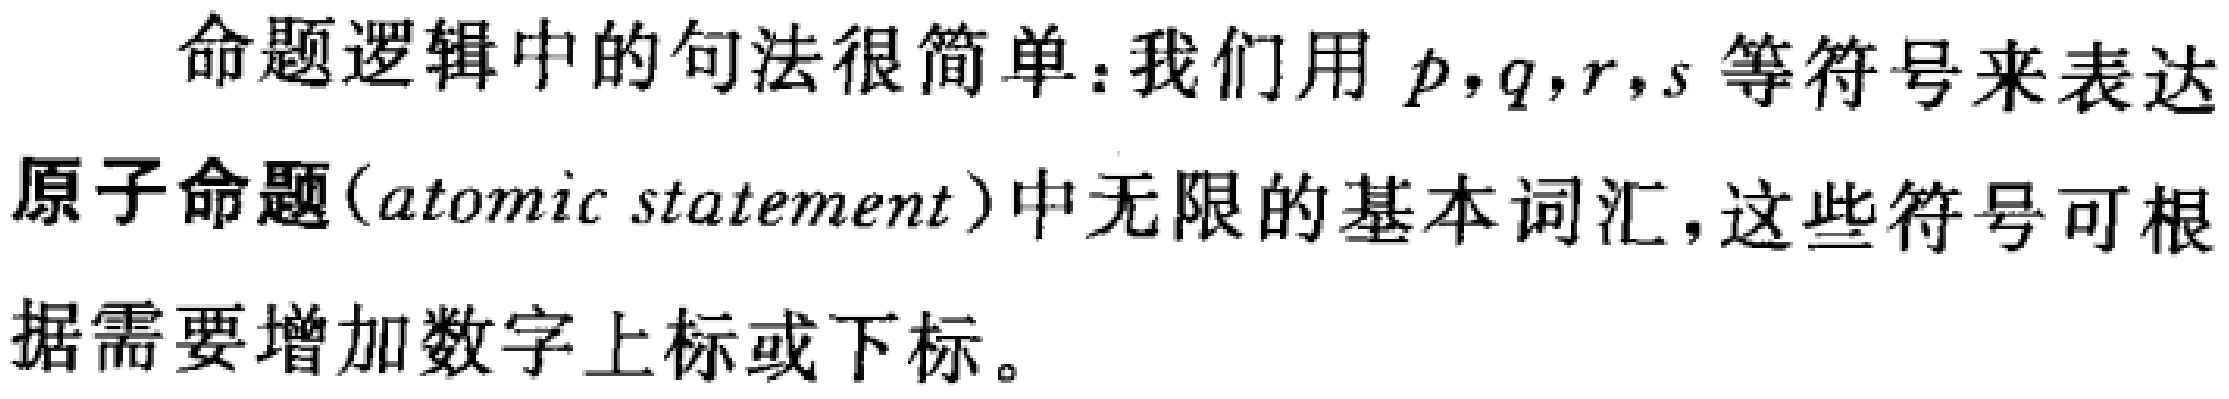
命题逻辑中的句法很简单：我们用 \(p,q,r,s\) 等符号来表达原子命题(atomic statement)中无限的基本词汇，这些符号可根据需要增加数字上标或下标。